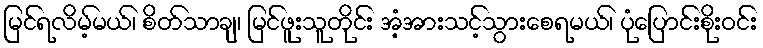
မြင်ရလိမ့်မယ်၊ စိတ်သာချ၊ မြင်ဖူးသူတိုင်း အံ့အားသင့်သွားစေရမယ်၊ ပုံပြောင်းစိုးဝင်း